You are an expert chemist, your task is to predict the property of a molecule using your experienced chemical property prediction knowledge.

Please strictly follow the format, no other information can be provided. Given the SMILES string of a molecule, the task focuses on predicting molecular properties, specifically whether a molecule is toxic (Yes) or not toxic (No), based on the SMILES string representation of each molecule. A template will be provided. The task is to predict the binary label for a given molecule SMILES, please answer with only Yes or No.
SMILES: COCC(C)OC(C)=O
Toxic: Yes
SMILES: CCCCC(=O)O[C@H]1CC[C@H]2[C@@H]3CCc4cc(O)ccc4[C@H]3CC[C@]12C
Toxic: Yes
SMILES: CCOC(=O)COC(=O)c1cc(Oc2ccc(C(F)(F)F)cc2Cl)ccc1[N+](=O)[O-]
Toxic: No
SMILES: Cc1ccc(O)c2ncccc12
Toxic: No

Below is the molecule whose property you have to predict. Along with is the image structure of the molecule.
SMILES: Nc1ccc2cc3ccc(N)cc3nc2c1
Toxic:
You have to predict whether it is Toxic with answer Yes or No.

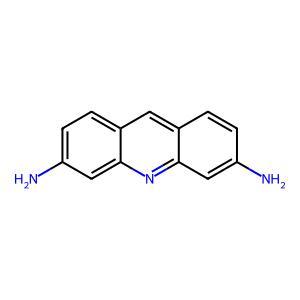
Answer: No